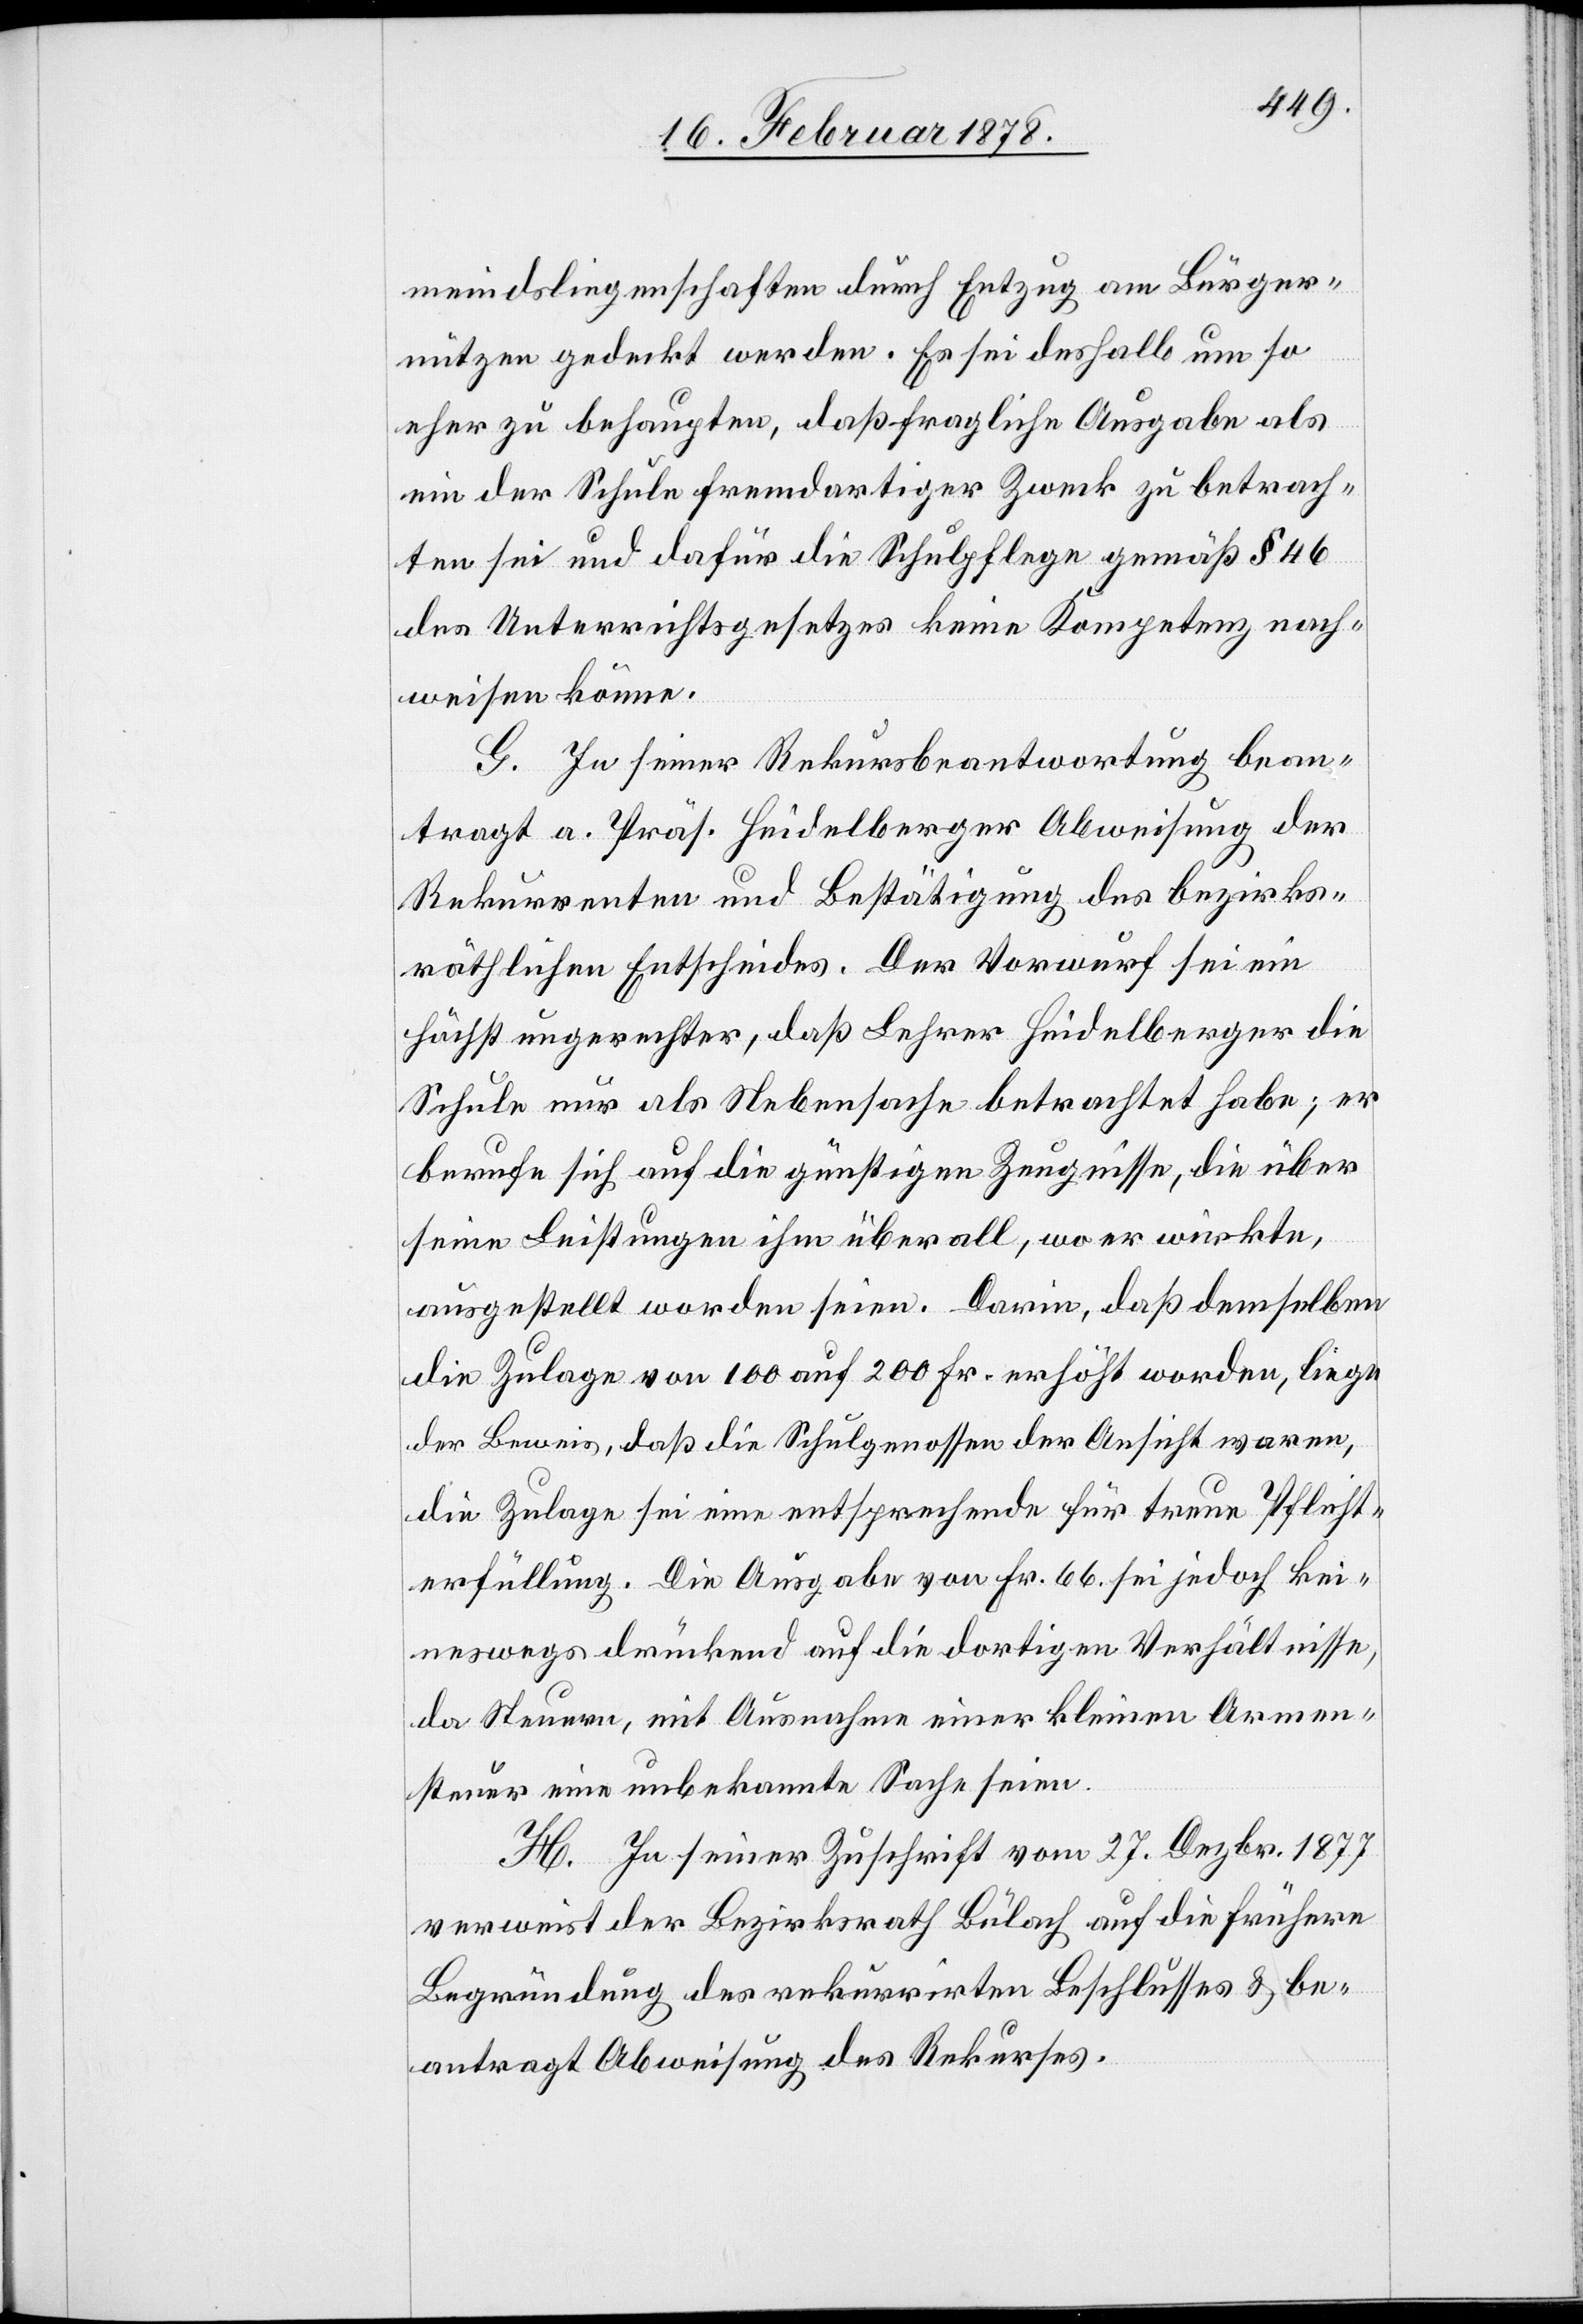
meindsliegenschaften durch Entzug am Bürger¬
nützen gedeckt werden. Es sei deshalb um so
eher zu behaupten, daß fragliche Ausgabe als
ein der Schule fremdartiger Zweck zu betrach¬
ten sei und dafür die Schulpflege gemäß § 46
des Unterrichtsgesetzes keine Kompetenz nach¬
weisen könne.
G. In seiner Rekursbeantwortung bean¬
tragt a. Präs. Heidelberger Abweisung der
Rekurrenten und Bestätigung des bezirks¬
räthlichen Entscheides. Der Vorwurf sei ein
höchst ungerechter, daß Lehrer Heidelberger die
Schule nur als Nebensache betrachtet habe; er
berufe sich auf die günstigen Zeugnisse, die über
seine Leistungen ihm überall, wo er wirkte,
ausgestellt worden seien. Darin, daß demselben
die Zulage von 100 auf 200 Fr. erhöht worden, liege
der Beweis, daß die Schulgenossen der Ansicht waren,
die Zulage sei eine entsprechende für treue Pflicht¬
erfüllung. Die Ausgabe von Fr. 66 sei jedoch kei¬
neswegs drückend auf die dortigen Verhältnisse,
da Steuern, mit Ausnahme einer kleinen Armen¬
steuer eine unbekannte Sache seien.
H. In seiner Zuschrift vom 27. Dezbr. 1877
verweist der Bezirksrath Bülach auf die frühere
Begründung des rekurrirten Beschlusses & be¬
antragt Abweisung des Rekurses.